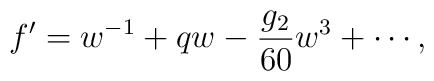
f' = w^{-1} + qw - \frac{g_2}{60}w^3 + \cdots,